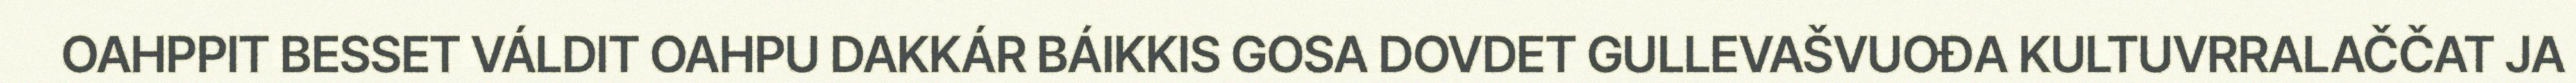
OAHPPIT BESSET VÁLDIT OAHPU DAKKÁR BÁIKKIS GOSA DOVDET GULLEVAŠVUOĐA KULTUVRRALAČČAT JA